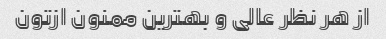
از هر نظر عالی و بهترین ممنون ازتون